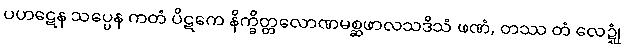
ပဟဋေန သပ္ပေန ကတံ ပိဋကေ နိက္ခိတ္တလောဏမစ္ဆဖာလသဒိသံ ဖဏံ, တဿ တံ လေဍ္ဍုံ